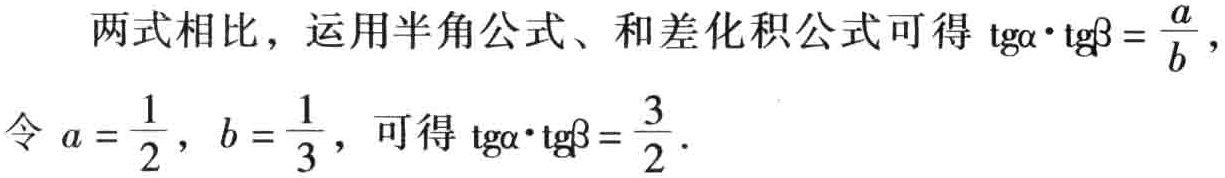
两式相比，运用半角公式、和差化积公式可得\(\mathrm{tg}\alpha\cdot\mathrm{tg}\beta = \frac{a}{b}\)，
令\(a = \frac{1}{2}\)，\(b = \frac{1}{3}\)，可得\(\mathrm{tg}\alpha\cdot\mathrm{tg}\beta = \frac{3}{2}\)．